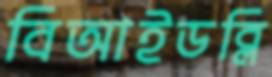
বিআইডব্লি